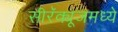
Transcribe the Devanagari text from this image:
सीरॅक्यूजमध्ये